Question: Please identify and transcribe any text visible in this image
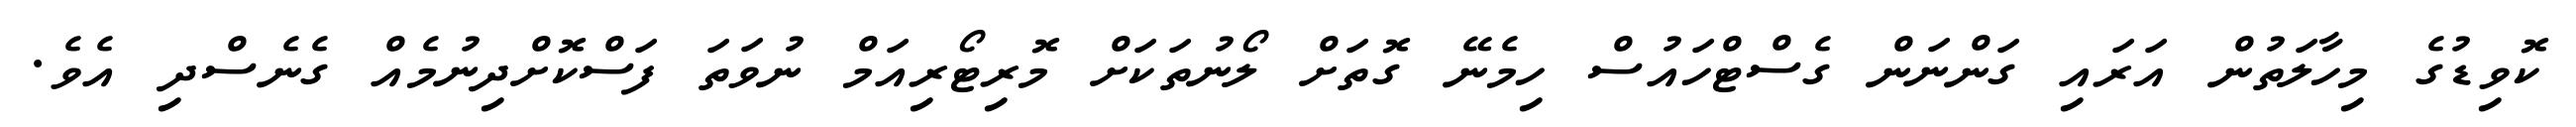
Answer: ކޮވިޑުގެ މިހާލަތުން އަރައި ގަންނަން ގެސްޓްހައުސް ހިމެނޭ ގޮތަށް ލޯނުތަކަށް މޮރިޓޯރިއަމް ނުވަތަ ފަސްކޮށްދިނުމެއް ގެނެސްދި އެވެ.